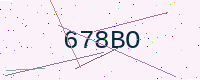
Text: 678BO